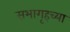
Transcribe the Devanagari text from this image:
सभागृहच्या